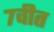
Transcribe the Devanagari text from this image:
७वीत